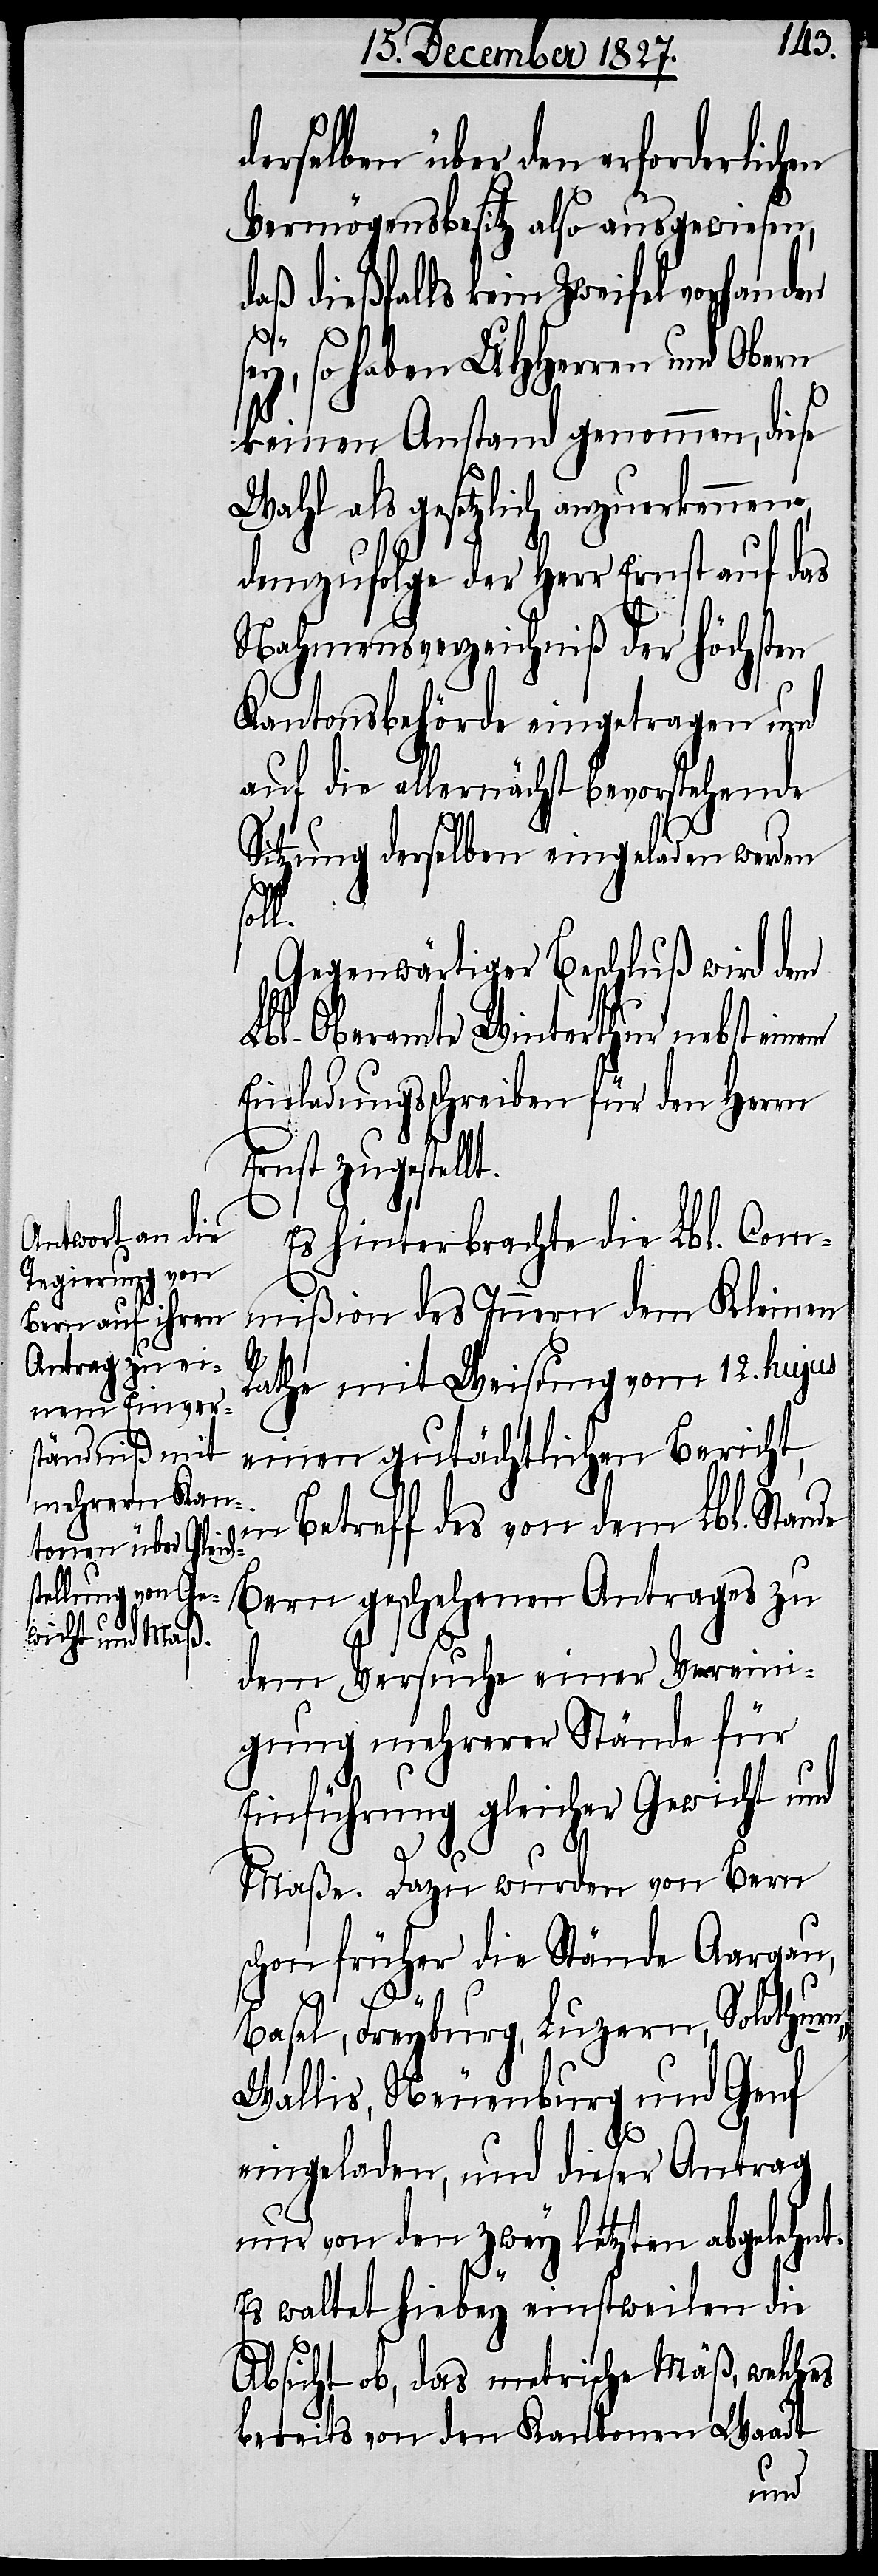
derselben über den erforderlichen
Vermögensbesitz also ausgewiesen,
daß dießfalls kein Zweifel vorhanden
E¬
sey, so haben UHHerren und Obern
keinen Anstand genommen, diese
Wahl als gesetzlich anzuerkennen,
demzufolge der Herr Ernst auf das
Nahmensverzeichniß der höchsten
Kantonsbehörde eingetragen und
auf die allernächst bevorstehende
Sitzung derselben eingeladen werden
lt.
Gegenwärtiger Beschluß wird dem
Lbl. Oberamte Winterthur nebst einem
Einladungsschreiben für den Herrn
rnst zugestel¬
Es hinterbrachte die Lbl. Com¬
mißion des Innern dem Kleinen
Rathe mit Weisung vom 12. hujus
einen gutächtlichen Bericht,
in Betreff des von dem Lbl. Stande
Bern geschehenen Antrages zu
dem Versuche einer Vereini¬
gung mehrerer Stände für
Einführung gleicher Gewicht und
Maße. Dazu wurden von Bern
schon früher die Stände Aargau,
Basel, Freyburg, Luzern, Solothurn,
Wallis, Neuenburg und Genf
eingeladen, und dieser Antrag
nur von den zwey letzten abgelehnt.
Es waltete hiebey einstweilen die
Absicht ob, das metrische Mäß, welches
bereits von den Kantonen Waadt